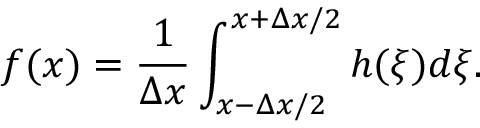
f ( x ) = \frac { 1 } { \Delta x } \int _ { x - \Delta x / 2 } ^ { x + \Delta x / 2 } h ( \xi ) d \xi .